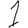
Digit: 1